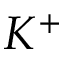
K ^ { + }